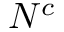
N ^ { c }